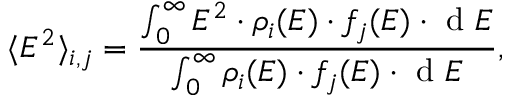
\langle E ^ { 2 } \rangle _ { i , j } = \frac { \int _ { 0 } ^ { \infty } E ^ { 2 } \cdot \rho _ { i } ( E ) \cdot f _ { j } ( E ) \cdot \mathrm { ~ d ~ } E } { \int _ { 0 } ^ { \infty } \rho _ { i } ( E ) \cdot f _ { j } ( E ) \cdot \mathrm { ~ d ~ } E } ,